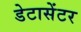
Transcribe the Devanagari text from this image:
डेटासेंटर